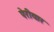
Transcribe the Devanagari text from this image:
पेरीयार